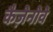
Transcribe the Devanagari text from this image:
कैज़ेनोवे